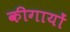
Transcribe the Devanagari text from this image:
कीगायों